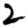
Digit: 2